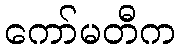
ကော်မတီက